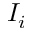
I _ { i }